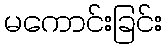
မကောင်းခြင်း